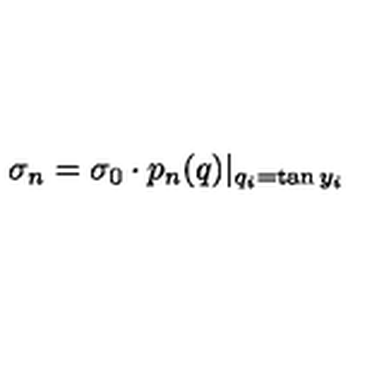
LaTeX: \sigma _ { n } = \sigma _ { 0 } \cdot p _ { n } ( q ) | _ { q _ { i } = \tan y _ { i } }